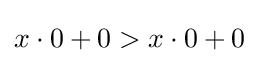
x\cdot 0+0>x\cdot 0+0